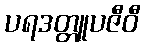
ပရဒတ္တူပဇီဝီ